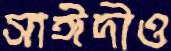
সাঈদীও